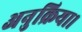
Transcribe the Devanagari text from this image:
अनुक्रिया।